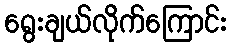
ရွေးချယ်လိုက်ကြောင်း